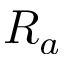
R _ { a }